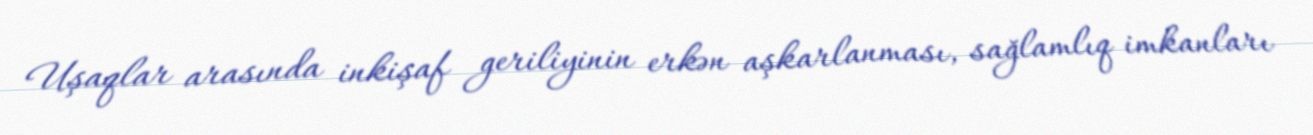
Uşaqlar arasında inkişaf geriliyinin erkən aşkarlanması, sağlamlıq imkanları